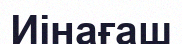
Иінағаш